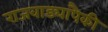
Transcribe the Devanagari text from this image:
राजवाड्यापैकी